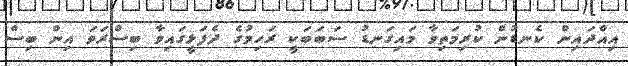
އިއްދައިން ކެނޑުން ކުރިމަތިވާ މައިގަނޑު ސަބަބަކީ ރަހިމުގެ ދެފަޅީގައިވާ ބިސްރަވަ އިން ބިސް